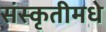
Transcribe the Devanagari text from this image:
संस्कृतीमधे